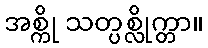
အစ္ကို သတ္ပစ္လိုက္တာ။